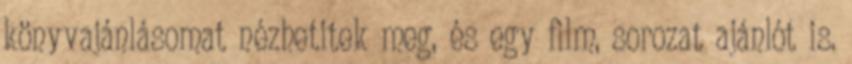
könyvajánlásomat nézhetitek meg, és egy film, sorozat ajánlót is.